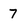
Character: 7